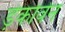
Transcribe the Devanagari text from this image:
ड़ेकोवेन